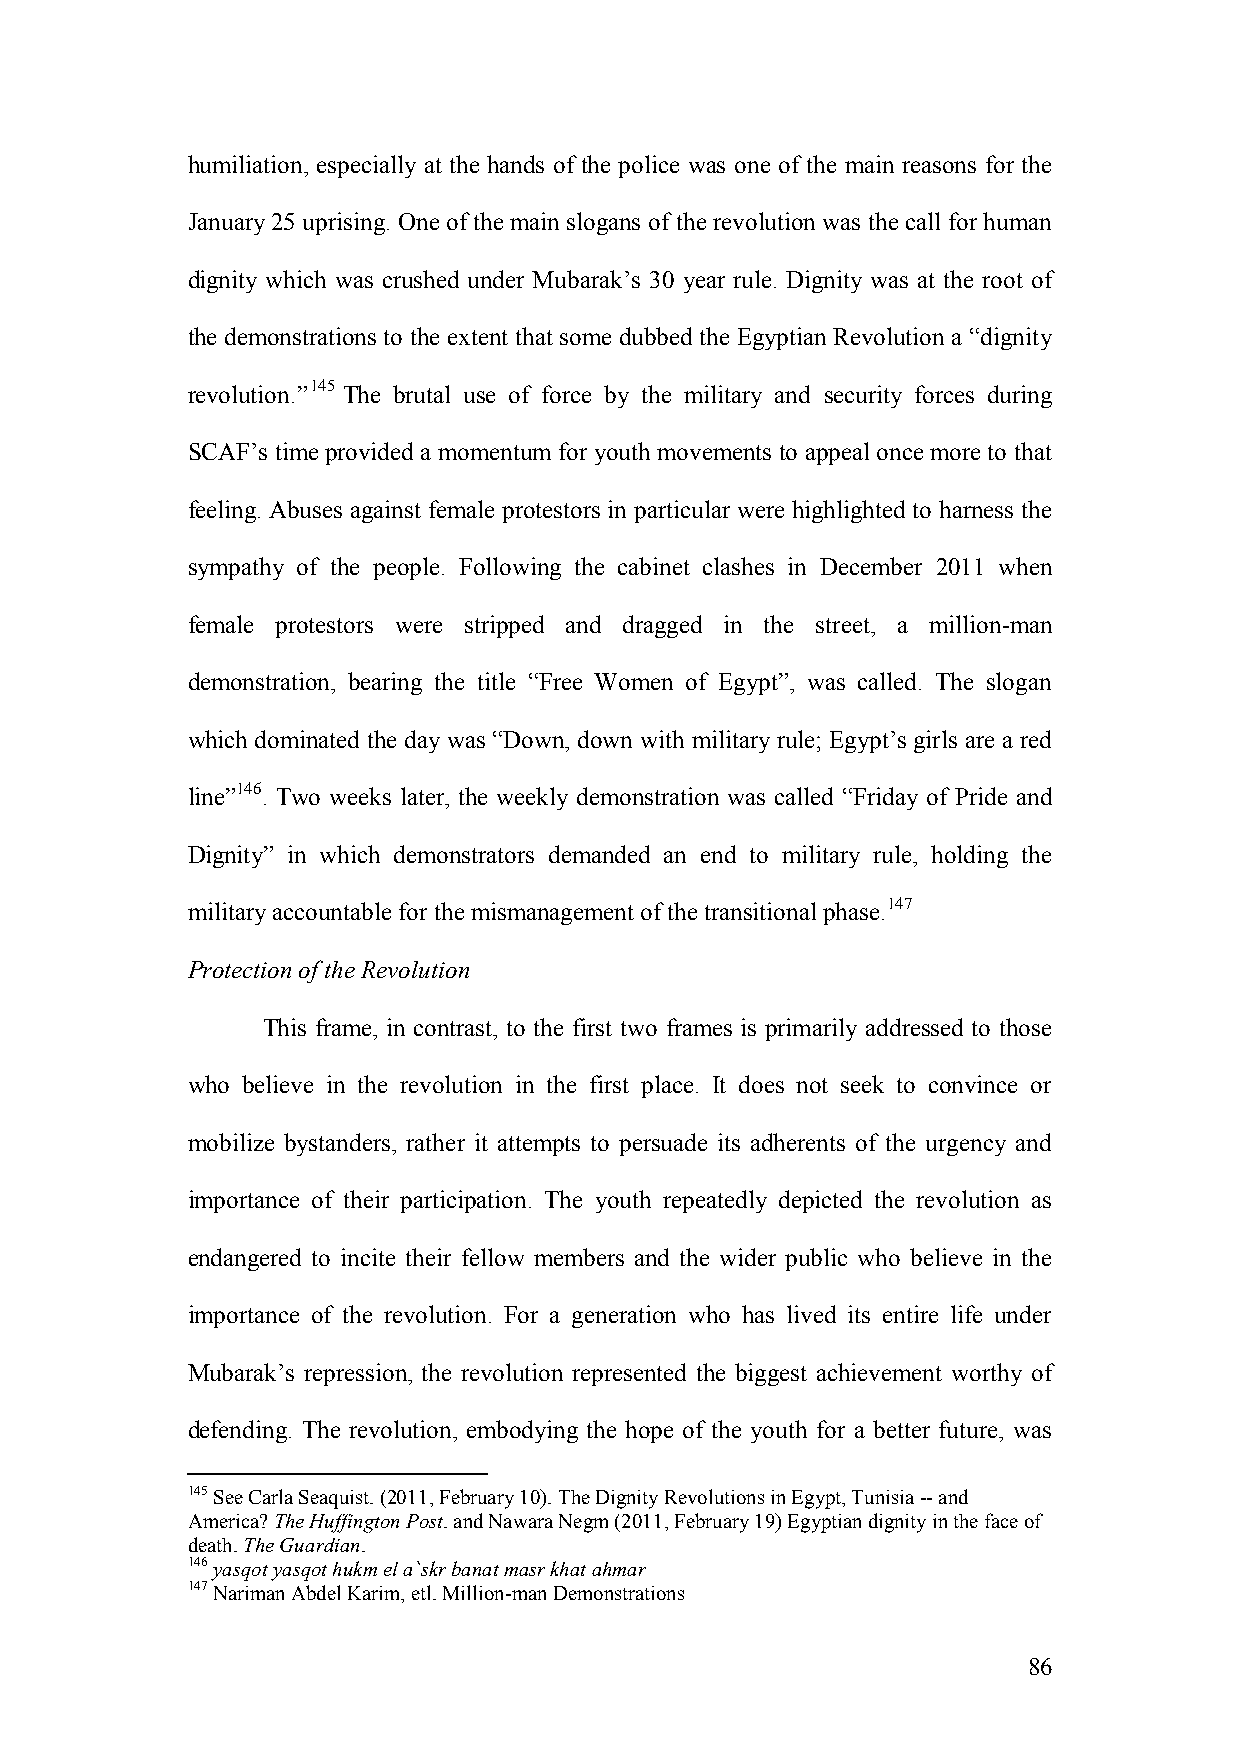
humiliation, especially at the hands of the police was one of the main reasons for the
 January 25 uprising. One of the main slogans of the revolution was the call for human
 dignity which was crushed under Mubarak’s 30 year rule. Dignity was at the root of
 the demonstrations to the extent that some dubbed the Egyptian Revolution a “dignity
 revolution.”145 The brutal use of force by the military and security forces during
 SCAF’s time provided a momentum for youth movements to appeal once more to that
 feeling. Abuses against female protestors in particular were highlighted to harness the
 sympathy of the people. Following the cabinet clashes in December 2011 when
 female protestors were stripped and dragged in the street, a million-man
 demonstration, bearing the title “Free Women of Egypt”, was called. The slogan
 which dominated the day was “Down, down with military rule; Egypt’s girls are a red
 line”146. Two weeks later, the weekly demonstration was called “Friday of Pride and
 Dignity” in which demonstrators demanded an end to military rule, holding the
 military accountable for the mismanagement of the transitional phase.147
 Protection of the Revolution
 This frame, in contrast, to the first two frames is primarily addressed to those
 who believe in the revolution in the first place. It does not seek to convince or
 mobilize bystanders, rather it attempts to persuade its adherents of the urgency and
 importance of their participation. The youth repeatedly depicted the revolution as
 endangered to incite their fellow members and the wider public who believe in the
 importance of the revolution. For a generation who has lived its entire life under
 Mubarak’s repression, the revolution represented the biggest achievement worthy of
 defending. The revolution, embodying the hope of the youth for a better future, was
 145 See Carla Seaquist. (2011, February 10). The Dignity Revolutions in Egypt, Tunisia -- and
 America? The Huffington Post. and Nawara Negm (2011, February 19) Egyptian dignity in the face of
 death. The Guardian.
 146 yasqot yasqot hukm el a`skr banat masr khat ahmar
 147 Nariman Abdel Karim, etl. Million-man Demonstrations
 86